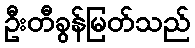
ဦးတီခွန်မြတ်သည်